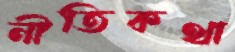
নীতিকথা